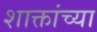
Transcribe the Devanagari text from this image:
शाक्तांच्या